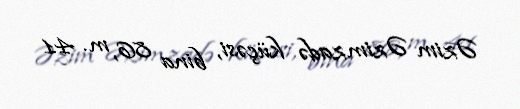
Əzim Əzimzadə küçəsi, bina 86, m. 41